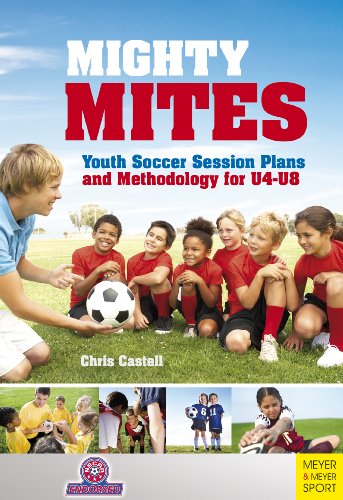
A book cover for Mighty Mites: Youth Soccer Session Plans and Methodology For U4-U8; Chris Castell; Sports & Outdoors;